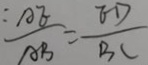
\frac { A E } { A B } = \frac { E D } { B C }